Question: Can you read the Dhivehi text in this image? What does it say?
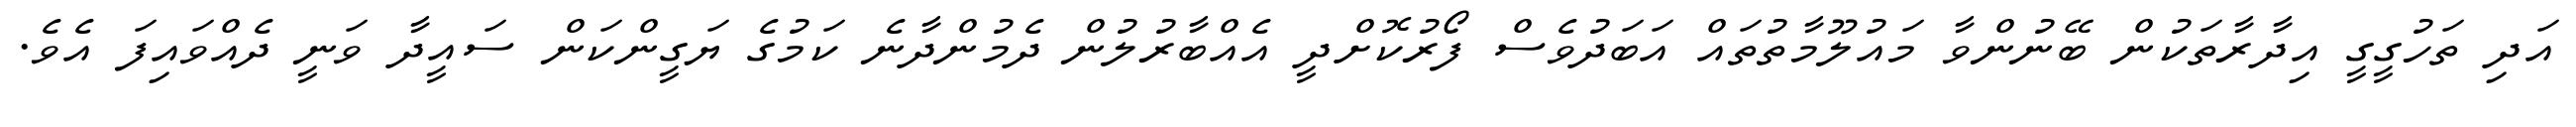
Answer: އަދި ތަހުގީގީ އިދާރާތަކުން ބޭނުންވާ މައުލޫމާތުތައް އަބަދުވެސް ފޯރުކޮށްދީ އެއްބާރުލުން ދެމުންދާނެ ކަމުގެ ޔަގީންކަން ސައީދާ ވަނީ ދެއްވައިފަ އެވެ.